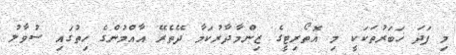
މި ފަދަ ޚަބަރުތަކަކީ މި އޮތޯރިޓީގެ ޒިންމާދާރުކަމާ ދޭތެރޭ އާއްމުންގެ ހިތުގައި ސުވާލު